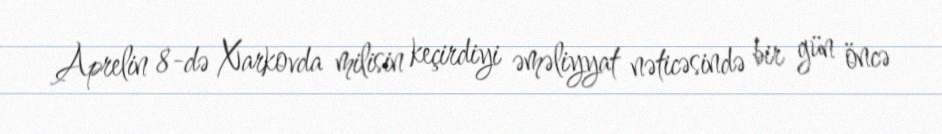
Aprelin 8-də Xarkovda milisin keçirdiyi əməliyyat nəticəsində bir gün öncə